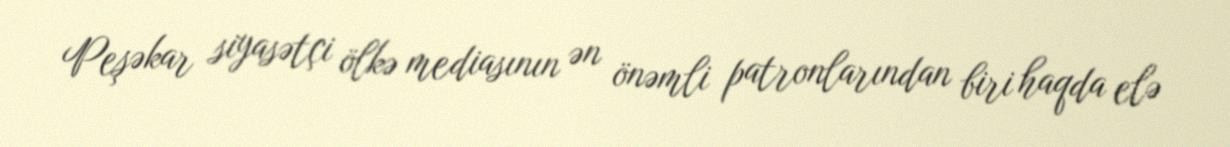
Peşəkar siyasətçi ölkə mediasının ən önəmli patronlarından biri haqda elə